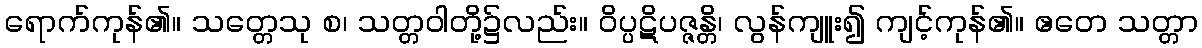
ရောက်ကုန်၏။ သတ္တေသု စ၊ သတ္တဝါတို့၌လည်း။ ဝိပ္ပဋိပဇ္ဇန္တိ၊ လွန်ကျူး၍ ကျင့်ကုန်၏။ ဧတေ သတ္တာ